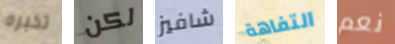
تخبره لكن شافيز التفاهة نعم